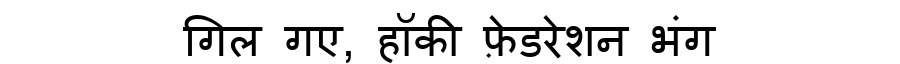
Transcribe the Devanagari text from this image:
गिल गए, हॉकी फ़ेडरेशन भंग